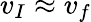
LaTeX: v_{I}\approx v_{f}